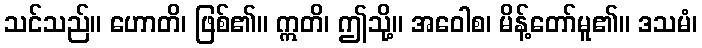
သင်သည်။ ဟောတိ၊ ဖြစ်၏။ ဣတိ၊ ဤသို့။ အဝေါစ၊ မိန့်တော်မူ၏။ ဒသမံ၊